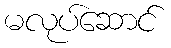
မလုပ်ဆောင်